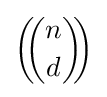
\left(\!\!{n \choose d}\!\!\right)